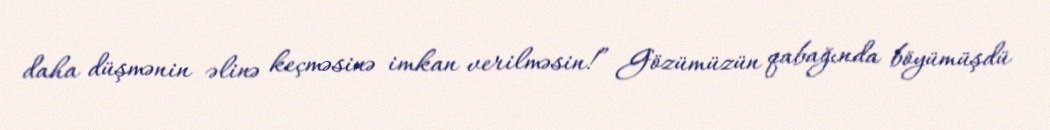
daha düşmənin əlinə keçməsinə imkan verilməsin!” Gözümüzün qabağında böyümüşdü